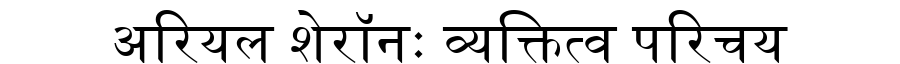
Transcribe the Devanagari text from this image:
अरियल शेरॉनः व्यक्तित्व परिचय